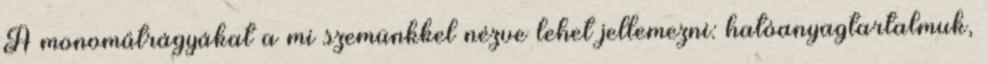
A monoműtrágyákat a mi szemünkkel nézve lehet jellemezni: hatóanyagtartalmuk,